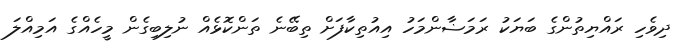
ދިވެހި ރައްޔިތުންގެ ބަޔަކު ރަމަޟާންމަހު އިއުތިކާފަށް ތިބޭނެ ތަންކޮޅެއް ނުލިބިގެން މީހެއްގެ އަމިއްލަ